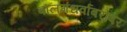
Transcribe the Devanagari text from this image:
बालगंधर्वांबरोबर